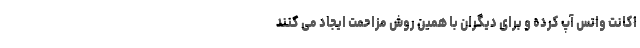
اکانت واتس آپ کرده و برای دیگران با همین روش مزاحمت ایجاد می کنند